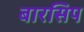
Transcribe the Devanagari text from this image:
बारसिप